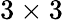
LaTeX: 3\times 3